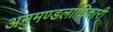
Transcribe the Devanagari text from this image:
अनुमण्डलाधिकारी